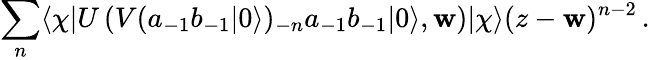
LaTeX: \sum_{n}\langle\chi|U\left(V(a_{-1}b_{-1}|0\rangle)_{-n}a_{-1}b_{-1}|0\rangle,\mathbf{w}\right)|\chi\rangle(z-\mathbf{w})^{n-2}\, .